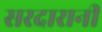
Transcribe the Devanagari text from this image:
सरदारानी